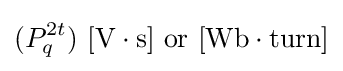
(P_{q}^{2t})\ \mathrm {[V\cdot s]} {\text{ or }}\mathrm {[Wb\cdot turn]}